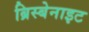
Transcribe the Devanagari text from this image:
ब्रिस्बेनाइट